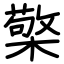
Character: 檠